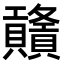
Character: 𧹃